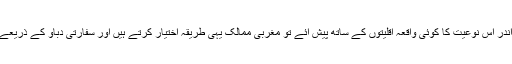
خود مسلمان ممالک کے اندر اس نوعیت کا کوئی واقعہ اقلیتوں کے ساتھ پیش آئے تو مغربی ممالک یہی طریقہ اختیار کرتے ہیں اور سفارتی دباؤ کے ذریعے اہداف حاصل کرتے ہیں۔